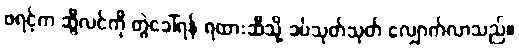
ဖရင့်က ဆွီလင်ကို တွဲခေါ်ရန် ရထားဆီသို့ ခပ်သုတ်သုတ် လျှောက်လာသည်။